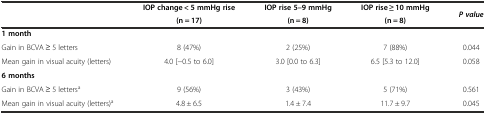
| <ROWSPAN=2>  | IOP change < 5 mmHg rise | IOP rise 5–9 mmHg | IOP rise ≥ 10 mmHg | <ROWSPAN=2> P value |
 | (n = 17) | (n = 8) | (n = 8) |
 | --- | --- | --- | --- | --- |
 | 1 month |  |  |  |  |
 | Gain in BCVA ≥ 5 letters | 8 (47%) | 2 (25%) | 7 (88%) | 0.044 |
 | Mean gain in visual acuity (letters) | 4.0 [-0.5 to 6.0] | 3.0 [0.0 to 6.3] | 6.5 [5.3 to 12.0] | 0.058 |
 | 6 months |  |  |  |  |
 | Gain in BCVA ≥ 5 lettersa | 9 (56%) | 3 (43%) | 5 (71%) | 0.561 |
 | Mean gain in visual acuity (letters)a | 4.8 ± 6.5 | 1.4 ± 7.4 | 11.7 ± 9.7 | 0.045 |